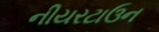
નીયરટાઉન